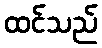
ထင်သည်